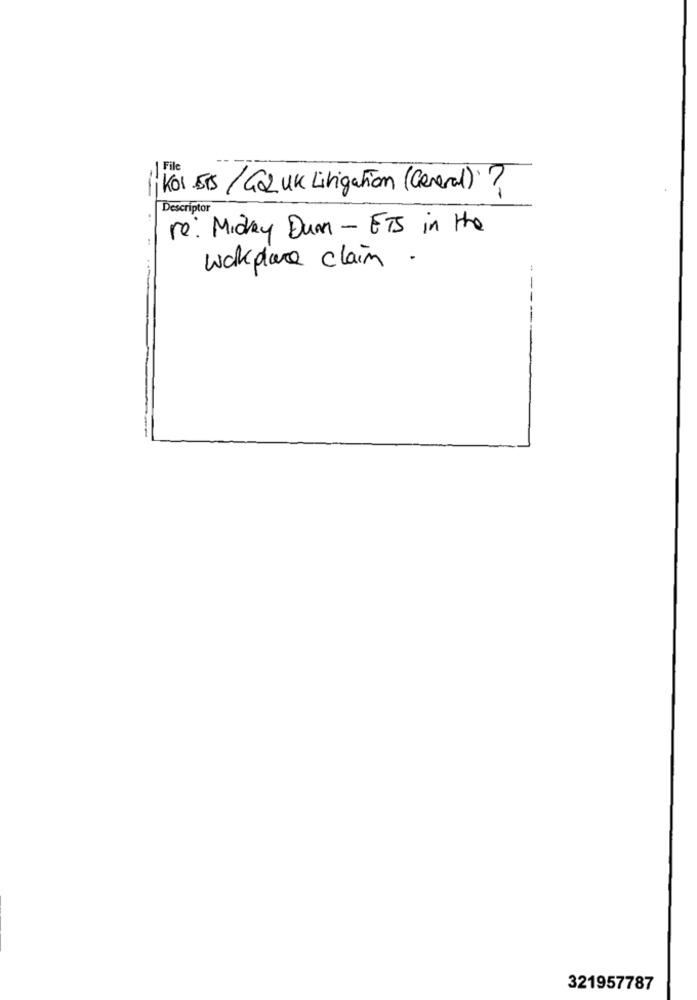
1 Kol STS/GOZ UK Litigation (General)?
Descriptor
re: Midey Dum - ETS in the
workplace claim
321957787